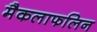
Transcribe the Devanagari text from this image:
मैकलाफलिन